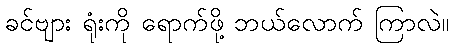
ခင်ဗျား ရုံးကို ရောက်ဖို့ ဘယ်လောက် ကြာလဲ။